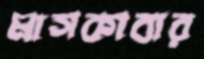
মাসকাবার